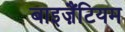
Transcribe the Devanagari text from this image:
बाइज़ैंटियम